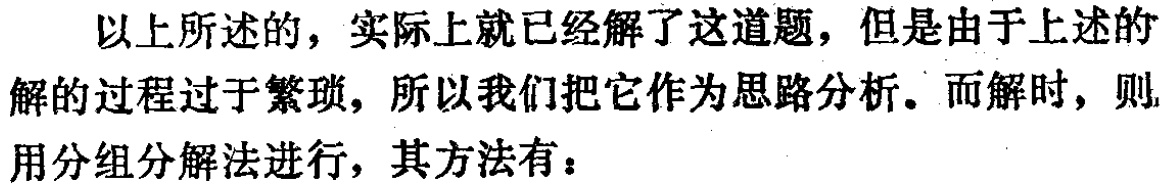
以上所述的，实际上就已经解了这道题，但是由于上述的解的过程过于繁琐，所以我们把它作为思路分析。而解时，则用分组分解法进行，其方法有：